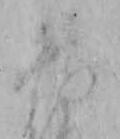
神